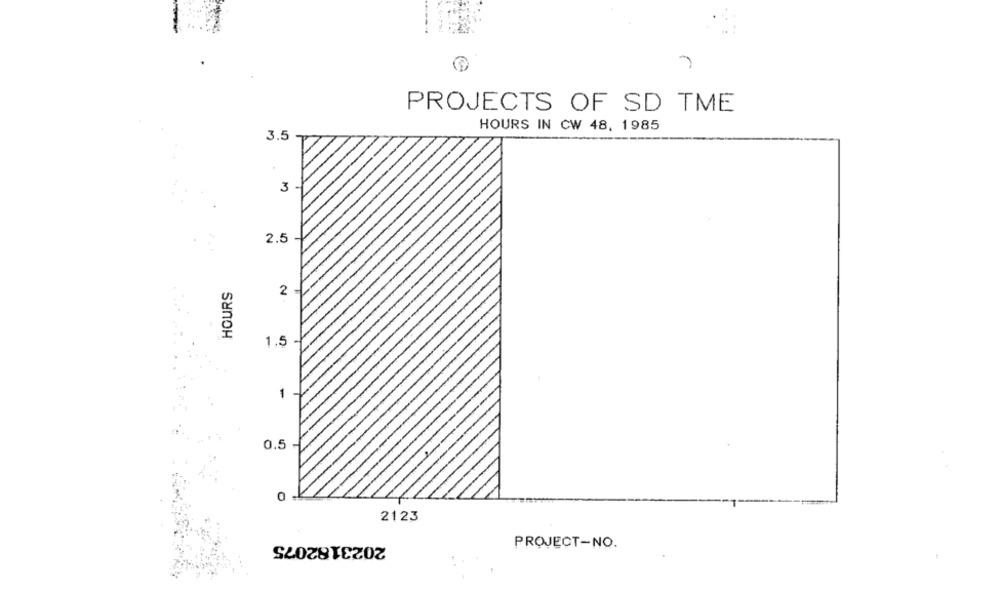
PROJECTS OF SD TME
HOURS IN CW 48, 1985
3.5
3
2.5
HOURS
2
1.5
0.5
2123
2023182075
PROJECT-NO.